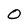
Character: O